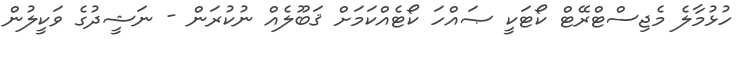
ހުޅުމާލެ މެޖިސްޓްރޭޓް ކޯޓަކީ ޞައްހަ ކޯޓެއްކަމަށް ޤަބޫލެއް ނުކުރަން - ނަޝީދުގެ ވަކީލުން